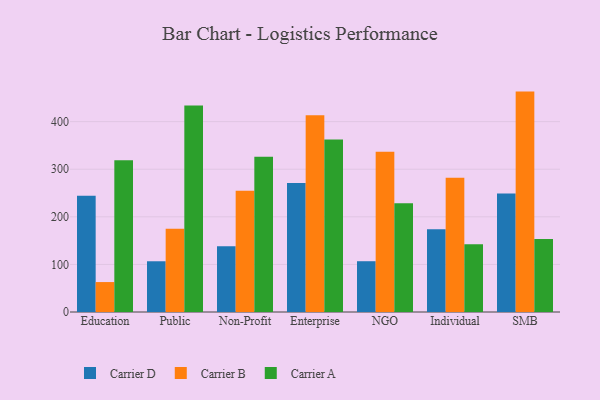
{"axis": {"x": "Segment", "y": "Operating Costs (USD K)"}, "legend": ["Carrier A", "Carrier B", "Carrier D"], "data": [{"x": "Education", "y": 244.3, "type": "Carrier D"}, {"x": "Education", "y": 62.9, "type": "Carrier B"}, {"x": "Education", "y": 319.1, "type": "Carrier A"}, {"x": "Public", "y": 106.6, "type": "Carrier D"}, {"x": "Public", "y": 174.8, "type": "Carrier B"}, {"x": "Public", "y": 434.0, "type": "Carrier A"}, {"x": "Non-Profit", "y": 138.0, "type": "Carrier D"}, {"x": "Non-Profit", "y": 255.0, "type": "Carrier B"}, {"x": "Non-Profit", "y": 326.1, "type": "Carrier A"}, {"x": "Enterprise", "y": 271.0, "type": "Carrier D"}, {"x": "Enterprise", "y": 413.4, "type": "Carrier B"}, {"x": "Enterprise", "y": 362.5, "type": "Carrier A"}, {"x": "NGO", "y": 106.7, "type": "Carrier D"}, {"x": "NGO", "y": 336.9, "type": "Carrier B"}, {"x": "NGO", "y": 228.7, "type": "Carrier A"}, {"x": "Individual", "y": 173.9, "type": "Carrier D"}, {"x": "Individual", "y": 282.1, "type": "Carrier B"}, {"x": "Individual", "y": 142.2, "type": "Carrier A"}, {"x": "SMB", "y": 248.9, "type": "Carrier D"}, {"x": "SMB", "y": 463.1, "type": "Carrier B"}, {"x": "SMB", "y": 153.6, "type": "Carrier A"}]}